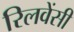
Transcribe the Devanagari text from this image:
रिलवेंसी